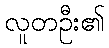
လူတဦး၏